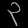
Digit: ၃